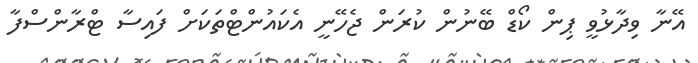
އޭނާ ވިދާޅުވީ ޕިން ކޯޑް ބޭނުން ކުރަން ޖެހޭނީ އެކައުންޓްތަކަށް ފައިސާ ޓްރާންސްފާ